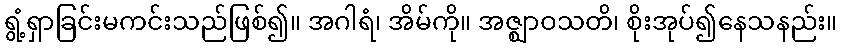
ရွံ့ရှာခြင်းမကင်းသည်ဖြစ်၍။ အဂါရံ၊ အိမ်ကို။ အဇ္ဈာဝသတိ၊ စိုးအုပ်၍နေသနည်း။